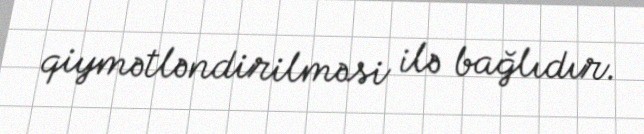
qiymətləndirilməsi ilə bağlıdır.